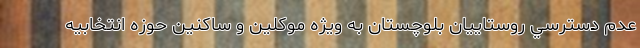
عدم دسترسي روستاييان بلوچستان به ويژه موكلين و ساكنين حوزه انتخابيه